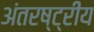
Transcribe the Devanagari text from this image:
अंतरष्ट्रीय